Annual administration and progress report of the Indian Medical Department, Bombay
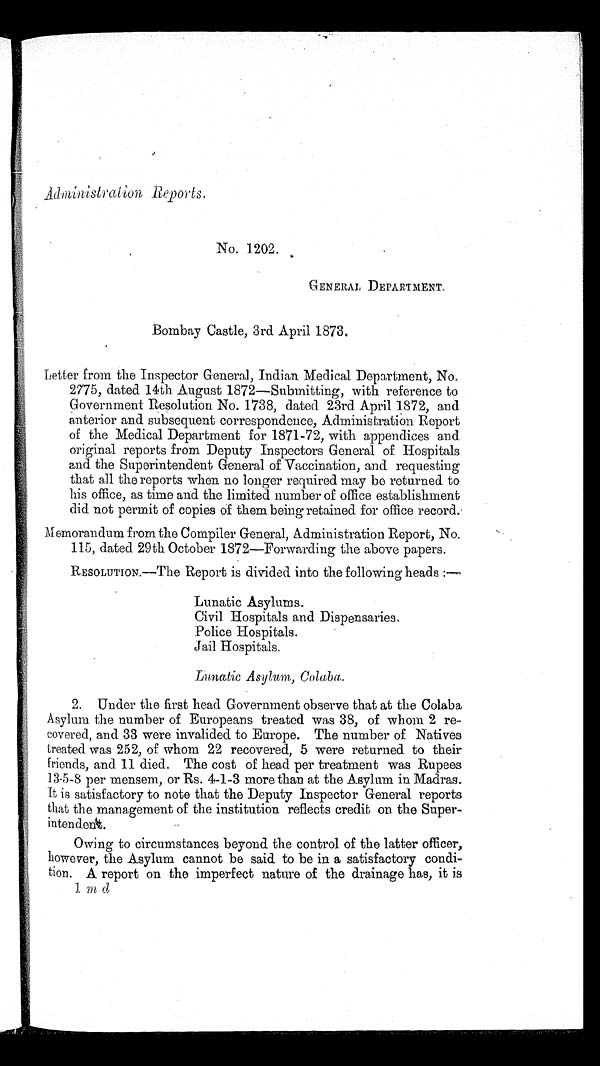
Administration Reports.
No, 1202.
GENERAL DEPARTMENT.
Bombay Castle, 3rd April 1873.
Letter from the Inspector General, Indian Medical Department, No.
2775, dated 14th August 1872—Submitting, with reference to
Government Resolution No. 1738, dated 23rd. April 1872, and
anterior and subsequent correspondence, Administration Report
of the Medical Department for 1871-72, with appendices and
original reports from Deputy Inspectors General of Hospitals
and the Superintendent General of Vaccination, and requesting
that all the reports when no longer required may be returned to
his office, as time and the limited number of office establishment
did not permit of copies of them being retained for office record.
Memorandum from the Compiler General, Administration Report, No.
115, dated 29th October 1872—Forwarding the above papers.
RESOLUTION.—The Report is divided into the following heads:—
•
Lunatic Asylums.
Civil Hospitals and Dispensaries.
Police Hospitals.
Jail Hospitals.
L u n a t i c A s y l u m , C o l a b a .
2. Under the first head Government observe that at the Colaba
Asylum the number of Europeans treated was 38, of whom 2 re
– c o v e r e d , a n d 3 3 w e r e i n v a l i d e d t o E u r o p e . T h e n u m b e r o f N a t i v e s
treated was 252, of whom 22 recovered, 5 were returned to their
friends, and 11 died. The cost of head per treatment was Rupees
13-5-8 per mensem, or Rs. 4-1-3 more than at the Asylum in Madras.
It is satisfactory to note that the Deputy Inspector General reports
that the management of the institution reflects credit on the Super-
–intendent.
Owing to circumstances beyond the control of the latter officer,
however, the Asylum cannot be said to be in a satisfactory condi-
tion.. A report on the imperfect nature of the drainage has, it is
1 m d